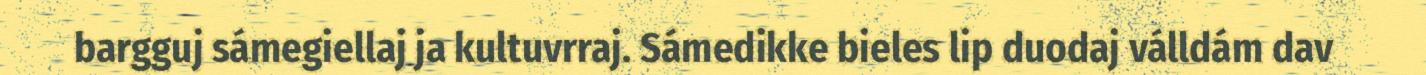
bargguj sámegiellaj ja kultuvrraj. Sámedikke bieles lip duodaj válldám dav